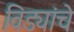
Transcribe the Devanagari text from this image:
विड्यांचे